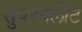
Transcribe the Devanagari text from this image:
सुपरफ्लीट